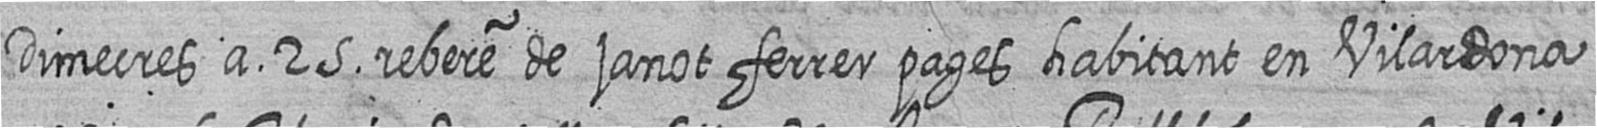
Dimecres a 25 rebere de janot ferrer pages habitant en Vilardona